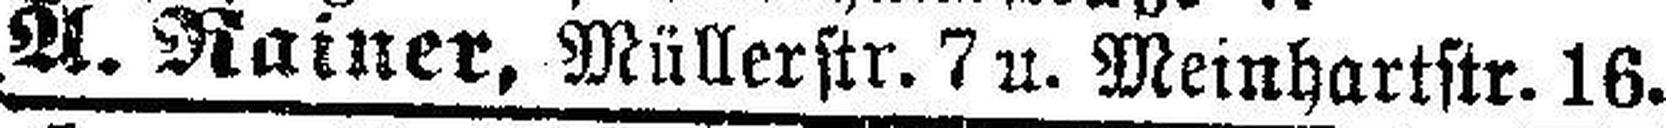
A. Rainer, Müllerstr. 7 u. Meinhartstr. 16.